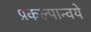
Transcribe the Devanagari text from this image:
प्रकल्पान्वये